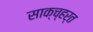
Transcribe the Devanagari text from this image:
साक्च्हर्त